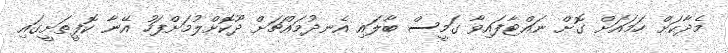
މެދާކަށް ހަމައަށް ގޮށް ނައްޓާފައިވާ ގަމީސް ބާލައި އެނދުމައްޗަށް ދޫކޮށްލުމަށްފަހު އޭނާ ކޮފީތަށީގައި